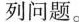
列问题。